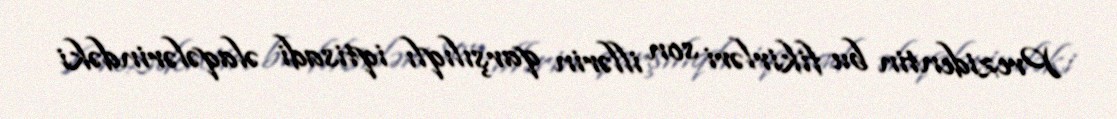
Prezidentin bu fikirləri son illərin qarşılıqlı iqtisadi əlaqələrindəki